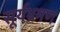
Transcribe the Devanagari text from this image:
सूर्यभ्रमण